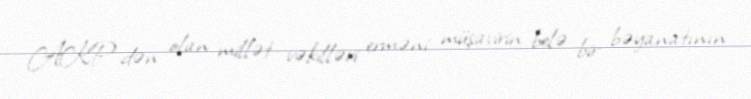
AKP-dən olan millət vəkilləri erməni müşavirin belə bir bəyanatının